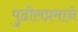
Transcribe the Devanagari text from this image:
पुढीलप्रमाने